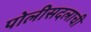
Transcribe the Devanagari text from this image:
पोलीसदलाची